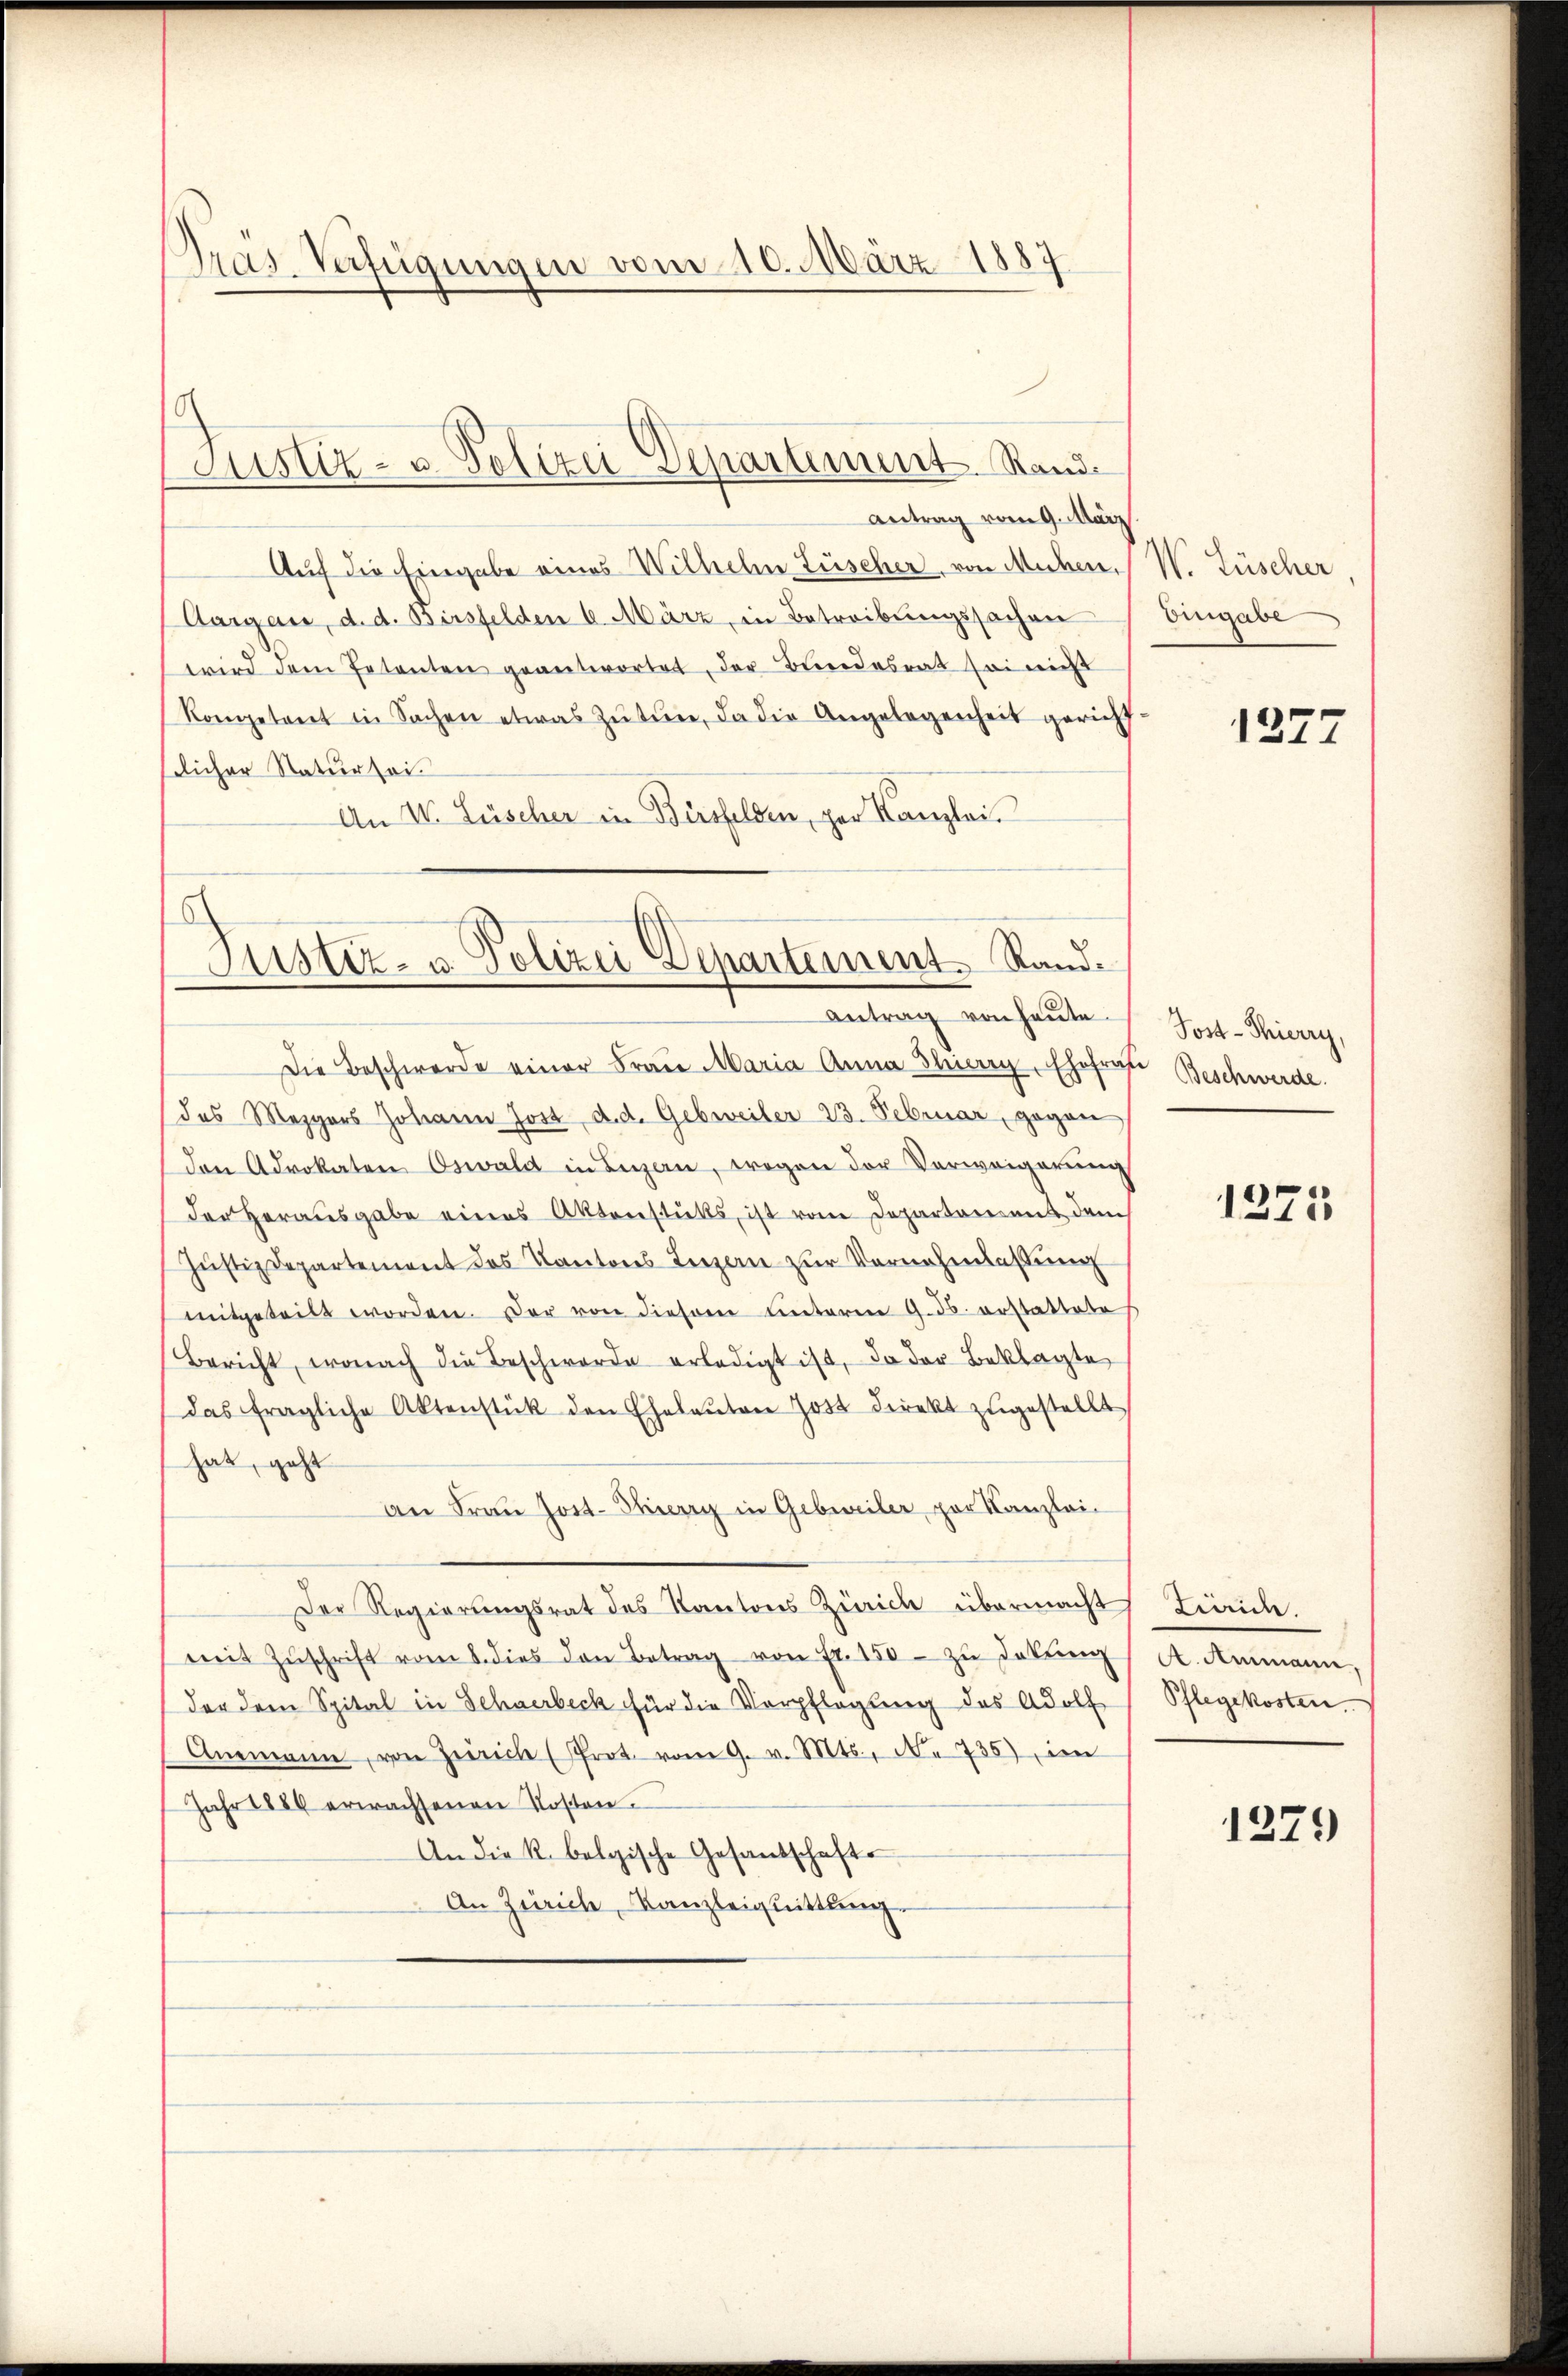
d
Pras-Verfügungen vom 10. März 1887

Justiz- u. Polizei Departement. Stande

Antrag vom 9. März
Auf die Eingabe eines Wilhelm Lüscher, von Mühen,
Aargau, d. d. Birsfelden u. März, in Betreibungssachen Eingabe
wird dem Petenten geantwortet, der Bundesrat sei nicht
Kompetent in Sachen etwas Zŭtŭn, da die Angelegenheit gericht-
slicher Natur sei¬
An V. Lüscher in Bersfelden, per Kanzlei.

Justiz- u. Polizei Departement Rand¬
Antrag von heute.

Die Beschwerde einer Frau Maria Anna Thierig, Ehefrat Beschwerde.
das Mezgers Johann Jost d. d. Gebreiter 23. Februar, gegen
den Advokaten Oswald in Bian, wogen der Verweigerung
der Herausgabe eines Aktenstŭtts, ist von Departament dem
Jŭstizdepartement des Kantons Luzern zŭr Vernehmlassung
mitgeteilt worden. Der von diesem unterm 9. d. erstattete
Bericht, wonach die Beschwerde erledigt ist, da der Beklagte
das fragliche Aktenstück den Eheleŭten Jost direkt zŭgestellt
hat, geht
an Frau Jost. Stierey in Gebieiler par Kanzlei-
Der Regierungsrat des Kantons Zürich übermacht Tinice.
mit Zŭschrift vom 8. dies den Betrag von fr. 150. zŭ dekung
der dem Spital in Schwerbeck für die Verpflegung des Adolf
Anemann, von Zürich (Prot. vom 9. v. Mts., N. 735) im
Jahr 1886 erwachsenen Kosten.
An die k. belgische Gesandschafts
An Zürich, Kanzleignittlung.

W. Lüscher

Post-Thierry,

A. Ammann,
Pflegekosten.

1277

1275

1279